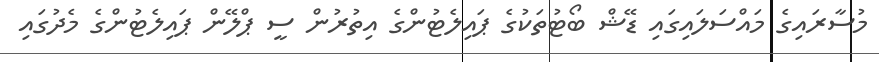
މުސާރައިގެ މައްސަލައިގައި ޑޭޝް ބޯޓުތަކުގެ ޕައިލެޓުންގެ އިތުރުން ސީ ޕްލޭން ޕައިލެޓުންގެ މެދުގައި